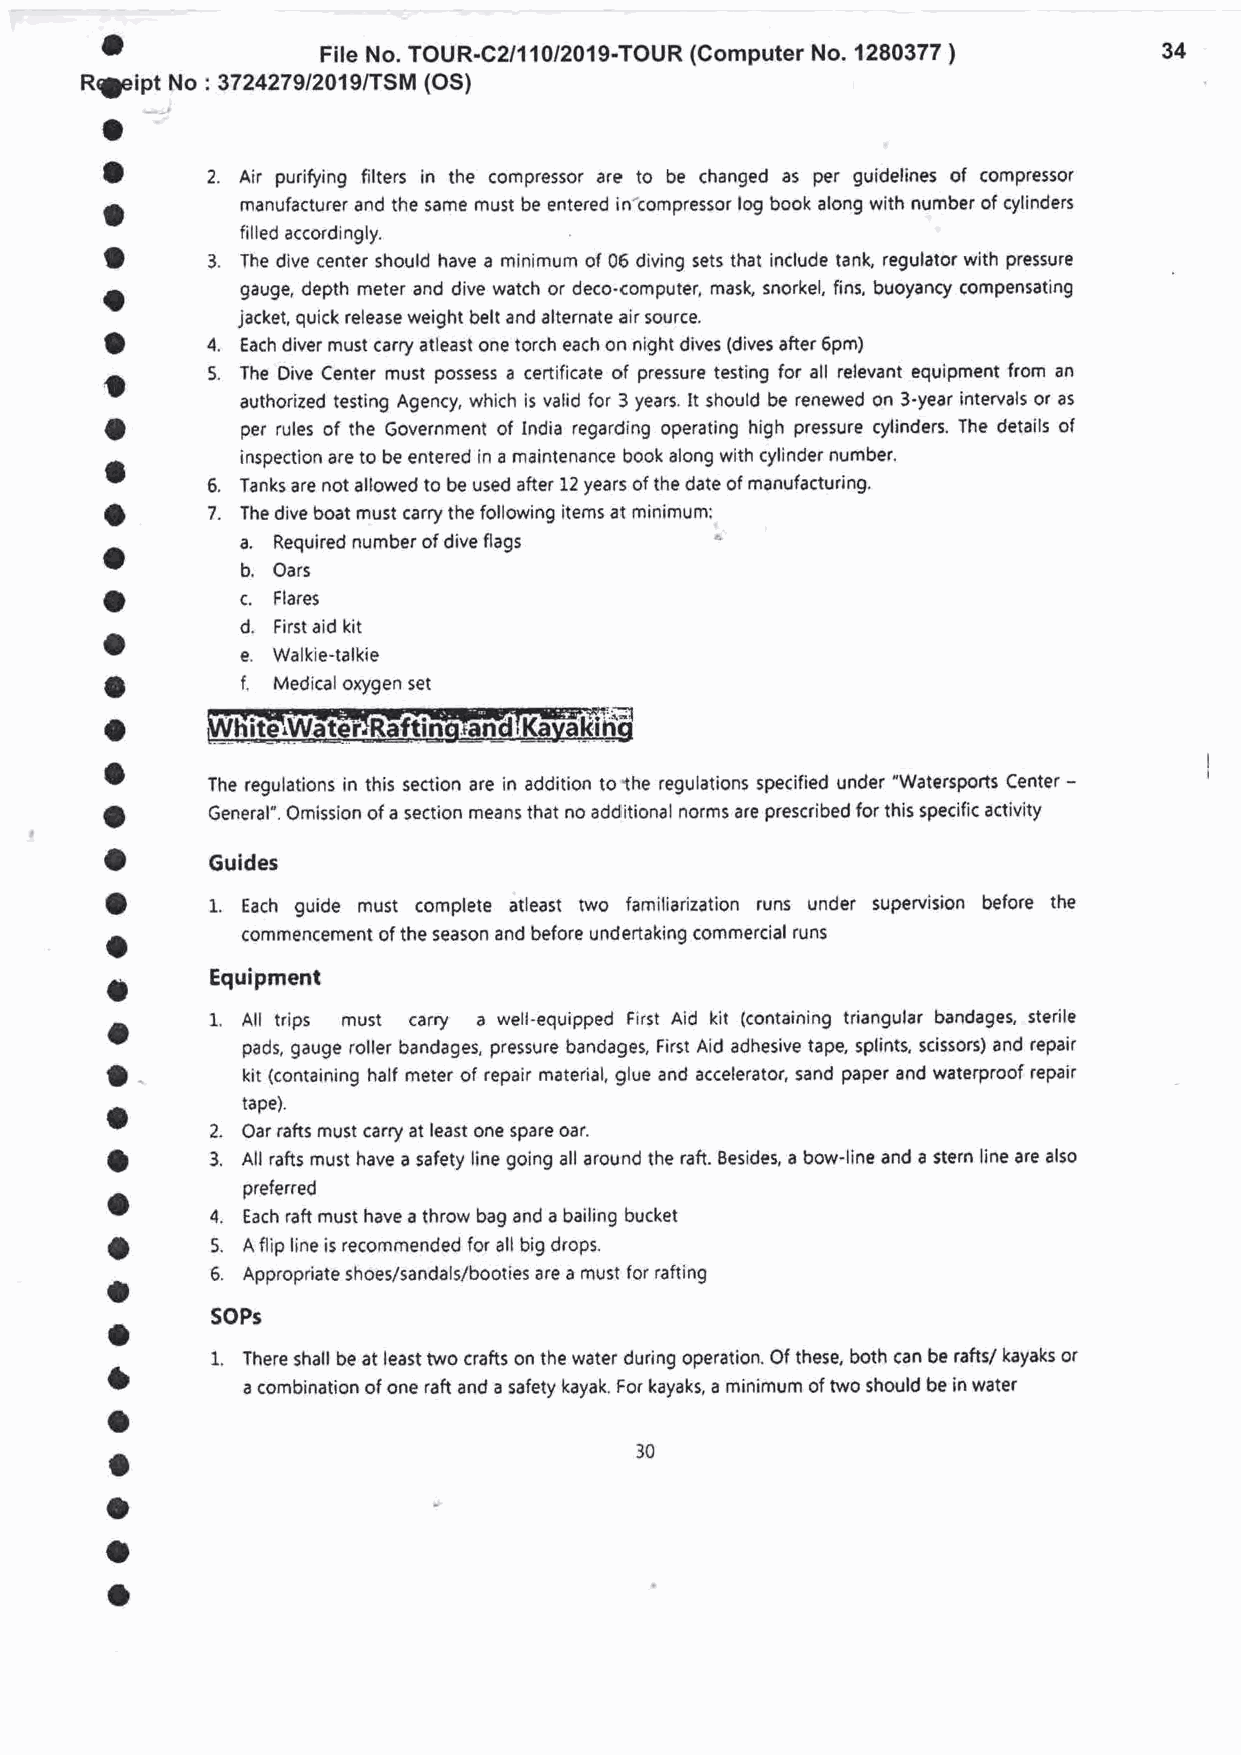
a
 File No. TOUR-C2/11012019-TOUR (Computer No. 1280377 )  34
 Rgipt No: 3724279t201g/TSM (OS)
 o
 a
 2. Air purifuing filters in the compressor are to be changed as per guidelines of compressor
 o        manufacturer and the same must be entered in-compressor log book along with number of cylinders
 filled accordingly.
 a
 3. The dive center should have a minimum of 06 diving sets that include tank, regulator with pressure
 a        gauge, depth meter and dive watch or deco-computer, mask, snorkel, fins, buoyancy compensating
 jacket, quick release weight belt and alternate air source.
 o      4.
 Each diver must carry atleast one torch each on night dives (dives after 6Pm)
 o      5. The Dive Center must possess a certificate of pressure testing for all relevant equipment from an
 authorized testing Agency, which is valid for 3 years. lt should be renewed on 3-year intervals or as
 I
 per rules of the Government of India regarding operating high pressure cylinders. The details of
 a        inspection are to be entered in a maintenance book along with cylinder number.
 6. Tanks are not allowed to be used after 12 years ofthe date of manufacturing.
 o      7.
 The dive boat must carry the following items at minimum:
 a        a. Required number of dive flags a
 b,
 Oars
 o        c.
 Flares
 d.
 o          First aid kit
 e.
 Walkie-talkie
 a        f.
 Medical oxygen set
 o
 o
 The regulations in this section are in addition tothe regulations specified under "WatersPorts Center-
 o      General". Omission of a section means that no additional norms are prescribed for this specific activity
 o
 Guides
 o      1. Each guide must complete atleast two familiarization runs under supervision before the
 a        commencement of the season and before undertaking commercial runs
 o      Equipment
 a      1. All trips must catry a well-equipped First Aid kit (containing triangular bandages, sterile
 pads, gauge roller bandages, pressure bandages, First Aid adhesive tape, splintt scissors) and repair
 a
 kit (containing half meter of repair material, glue and accelerator, sand paper and waterproof repair
 a        tape).
 2.
 Oar rafts must carry at least one spare oar.
 a      3. All rafts must have a safety line going all around the raft. Eesides, a bow-line and a stern line are also
 a        preferred
 4.
 Each raft must have a throw bag and a bailing bucket
 o      5.
 A flip line is recommended for all big drops.
 o      5. Appropriate shoes/sandals/booties are a must for rafting
 o      SOPs
 t      1, There shall be at least two crafts on the water during operation. Of these, both can be rafts/ kayaks or
 a combination of one raft and a safety kayak. For kayaks, a minimum of nro should be in water
 o
 o                                  30
 o
 o
 o